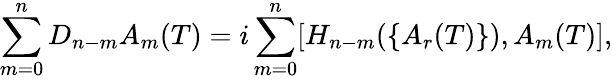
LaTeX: \sum_{m=0}^{n}D_{n-m}A_{m}(T)=i\sum_{m=0}^{n}[H_{n-m}(\{ A_{r}(T)\} ),A_{m}(T)],